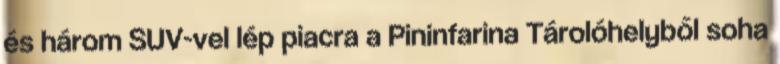
és három SUV-vel lép piacra a Pininfarina Tárolóhelyből soha